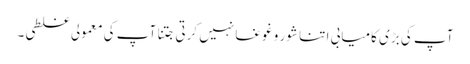
آپ کی بڑی کامیابی ا تنا شور و غوغا نہیں کرتی جتنا آپ کی معمولی غلطی۔